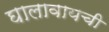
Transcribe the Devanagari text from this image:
घालावायची